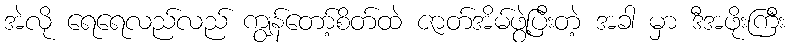
အဲလို ရေရေလည်လည် ကျွန်တော့်စိတ်ထဲ ဇာတ်အိမ်ဖွဲ့ပြီးတဲ့ အခါ မှာ ဒီအဖိုးကြီး